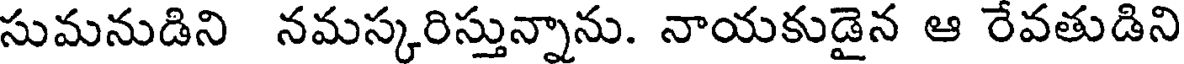
సుమనుడిని నమస్కరిస్తున్నాను. నాయకుడైన ఆ రేవతుడిని